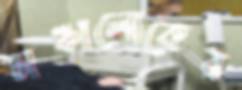
মঞ্চালোকের